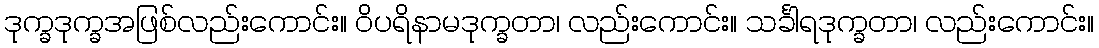
ဒုက္ခဒုက္ခအဖြစ်လည်းကောင်း။ ဝိပရိနာမဒုက္ခတာ၊ လည်းကောင်း။ သင်္ခါရဒုက္ခတာ၊ လည်းကောင်း။